Sanitation, dispensaries and jails vaccination Rajputana 1922-1927 - 1922-1927
Year: 1922
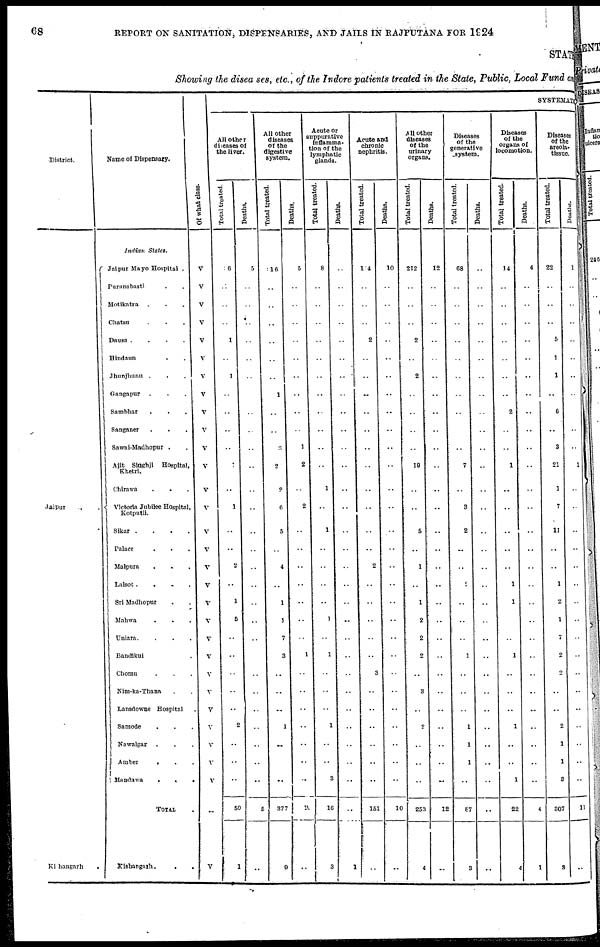
68
REPORT ON SANITATION, DISPENSARIES, AND JAILS IN RAJPUTANA FOR 1924
STATE
Showing the diseases, etc., of the Indore patients treated in the State, Public, Local Fund and
District.
Jaipur . .
Kishangarh
.
Name of Dispensary.
Indian States.
Jaipur Mayo Hospital .
Puranabasti . .
Motikatra . . .
Chatsu . . .
Dausa .
.
.
.
Hindaun . .
Jhunjhunu . . .
Gangapur . . .
Sambhar
.
. .
Sanganer . . .
Sawai-Madhopur . .
Ajit Singhji Hospital,
Khetri.
Chirawa
.
. .
Victoria Jubilee Hospital,
Kotputli.
Sikar .
.
.
.
Palace . . .
Malpura . . .
Lalsot .
.
.
.
Sri Madhopur . .
Mahwa . . .
Uniara. . . .
Bandikui .
Chomu . . .
Nim-ka-Thana . .
Lansdowne Hospital .
Samode . . .
Nawalgar . . .
Amber
. . .
Mandawa
. . .
TOTAL .
Kishangarh.
. .
Of what class.
V
V
V
V
V
V
V
V
V
V
V
V
V
V
V
V
V
V
V
V
V
V
V
V
V
V
V
V
V
..
V
SYSTEMATIC
All other
diseases of
the liver.
Total treated.
6
..
..
..
1
..
1
..
..
..
..
..
..
1
..
..
2
..
1
5
..
..
..
..
..
2
..
..
..
50
1
Deaths.
5
..
..
..
..
..
..
..
..
..
..
..
..
..
..
..
..
..
..
..
..
..
..
..
..
..
..
..
..
5
..
All other
diseases
of the
digestive
system.
Total treated.
16
..
..
..
..
..
.. 1
..
..
3
2
2
6
5
..
4
..
1
1
7
3
..
..
..
1
..
..
..
377
9
Deaths.
5
..
..
..
..
..
..
..
..
..
1
2
..
2
..
..
..
..
..
..
..
1
..
..
..
..
..
..
..
10
..
Acute or
suppurative
Inflamma-
tion of the
lymphatic
glands.
Total treated.
8
..
..
..
..
..
..
..
..
..
..
..
1
..
1
..
..
..
..
1
..
1
..
..
..
1
..
..
3
16
3
Deaths.
..
..
..
..
..
..
..
..
..
..
..
..
..
..
..
..
..
..
..
..
..
..
..
..
..
..
..
..
..
..
1
Acute and
chronic
nephritis.
Total treated.
114
..
..
..
2
..
..
..
..
..
..
..
..
..
..
..
2
..
..
..
..
..
3
..
..
..
..
..
..
151
..
Deaths.
10
..
..
..
..
..
..
..
..
..
..
..
..
..
..
..
..
..
..
..
..
..
..
..
..
..
..
..
..
10
..
All other
diseases
of the
urinary
organs.
Total treated.
212
..
..
..
2
..
2
..
..
..
..
19
..
..
5
..
1
..
1
2
2
2
..
3
..
2
..
..
..
253
4
Deaths.
12
..
..
..
..
..
..
..
..
..
..
..
..
..
..
..
..
..
..
..
..
..
..
..
..
..
..
..
..
12
..
Diseases
of the
generative
system.
Total treated.
68
..
..
..
..
..
..
..
..
..
..
7
..
3
2
..
..
2
..
..
..
1
..
..
..
1
1
1
..
87
3
Deaths.
..
..
..
..
..
..
..
..
..
..
..
..
..
..
..
..
..
..
..
..
..
..
..
..
..
..
..
..
..
..
..
Diseases
of the
organs of
locomotion.
Total treated.
14
..
..
..
..
..
..
..
2
..
..
1
..
..
..
..
..
1
1
..
..
1
..
..
..
1
..
..
1
22
4
Deaths.
4
..
..
..
..
..
..
..
..
..
..
..
..
..
..
..
..
..
..
..
..
..
..
..
..
..
..
..
..
4
1
Diseases
of the
areola¬
tissue.
Total treated.
22
..
..
..
5
1
1
..
6
..
3
21
1
7
11
..
..
1
2
1
7
2
2
..
..
2
1
1
3
307
3
Deaths.
1
..
..
..
..
..
..
..
..
..
..
1
..
..
..
..
..
..
..
..
..
..
..
..
..
..
..
..
..
11
..